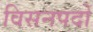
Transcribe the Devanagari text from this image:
विसनपदों